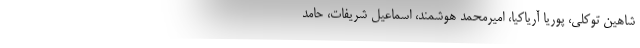
شاهین توکلی، پوریا آریاکیا، امیرمحمد هوشمند، اسماعیل شریفات، حامد